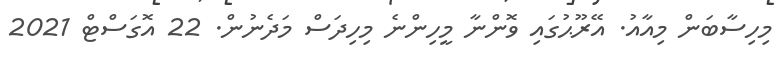
މިހިސާބަން މިއާއު. އޭރޫޙުގައި ވޮންނާ މީހިންނެ މިހިދަސް މަދެނުން. 22 އޮގަސްޓް 2021